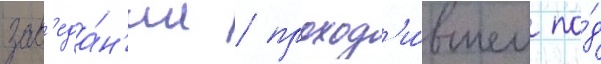
зас'еда́н'ии / проход'и́вшем по́д